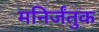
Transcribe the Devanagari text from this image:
मनिर्जंतुक